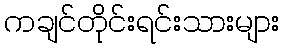
ကချင်တိုင်းရင်းသားများ